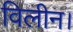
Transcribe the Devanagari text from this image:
विलीन।